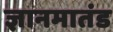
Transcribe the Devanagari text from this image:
ज्ञानमातंड